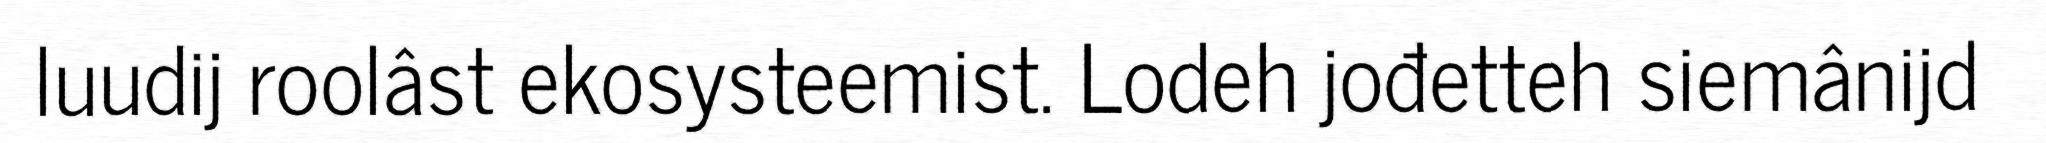
luudij roolâst ekosysteemist. Lodeh jođetteh siemânijd